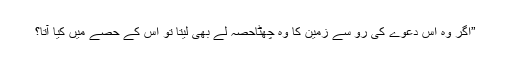
”اگر وہ اس دعوے کی رو سے زمین کا وہ چھٹاحصہ لے بھی لیتا تو اس کے حصے میں کیا آتا؟